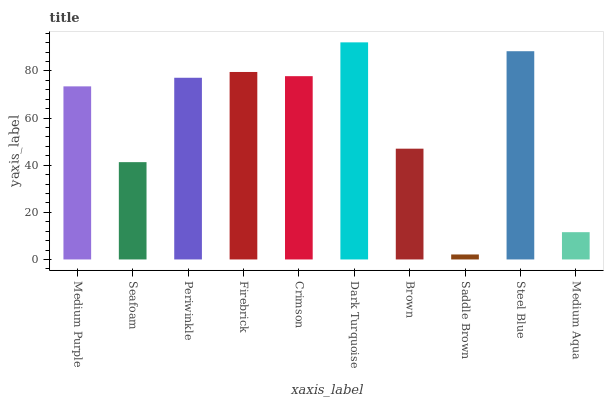
| xaxis_label | bars |
 | --- | --- |
 | Medium Purple | 73.5 |
 | Seafoam | 41.3 |
 | Periwinkle | 77.1 |
 | Firebrick | 79.6 |
 | Crimson | 77.8 |
 | Dark Turquoise | 92.2 |
 | Brown | 47 |
 | Saddle Brown | 2.12 |
 | Steel Blue | 88.4 |
 | Medium Aqua | 11.6 |